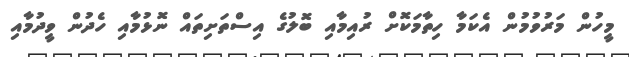
މީހުން މަރުވުމުން އެކަމާ ހިތާމަކޮށް ރުއިމާއި ބޮލުގެ އިސްތަށިތައް ނޮޅުމާއި ހެދުން ވީދުމާއި